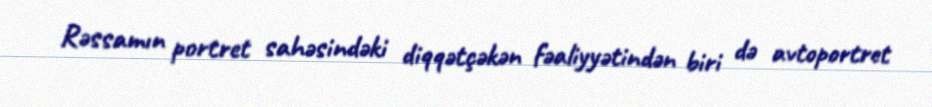
Rəssamın portret sahəsindəki diqqətçəkən fəaliyyətindən biri də avtoportret